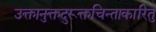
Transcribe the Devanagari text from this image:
उक्तानुक्तदुरूक्तचिन्ताकारितु